Annual administration report of the Civil Veterinary Department of India - 1898-1899
Year: 1898
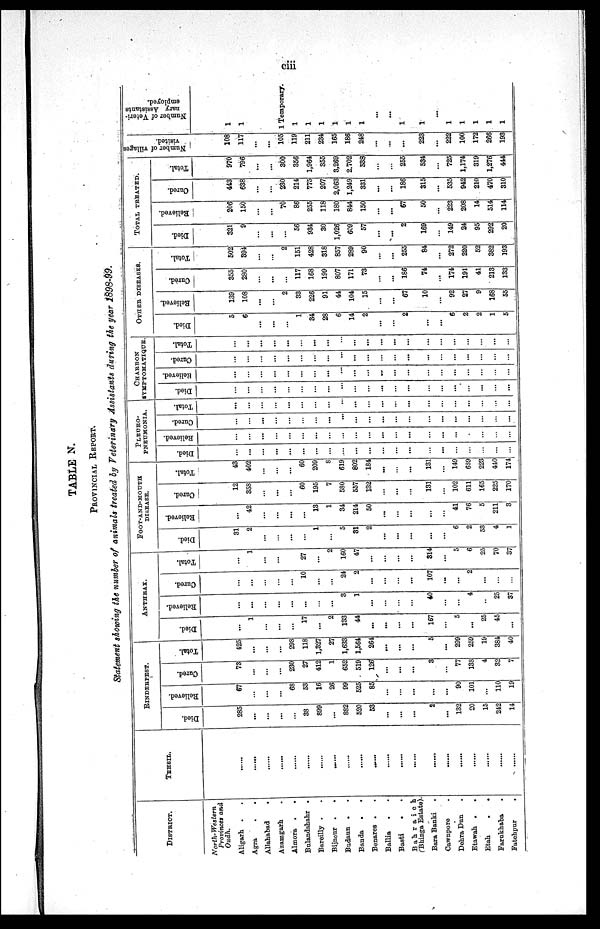
ciii
TABLE N.
PROVINCIAL REPORT.
Statement showing the number of animals treated by Veterinary Assistants during the year 1898-99.
DISTRICT.
North-Western
Provinces and
Oudh.
Aligarh . .
Agra . .
Allahabad
.
Azamgarh .
Almora . .
Bulandshahr .
Bareilly . .
Bijnour
.
.
Budaun .
Banda
.
.
Benares . .
Ballia
. .
Basti . .
Bahraich
Bhinga Estate).
Bara Banki .
Cawnpore .
Dehra Dun
Etawah
.
.
Etah
.
.
Farukhaba .
Fatehpur
.
TEHSIL.
......
......
......
......
......
......
......
......
......
......
......
......
......
......
......
......
......
......
......
......
......
RINDERPEST.
Died.
285
...
...
...
...
38
899
...
882
520
53
...
...
...
2
...
132
20
15
242
14
Relieved.
67
...
...
...
68
53
16
26
99
525
85
...
...
...
...
...
90
101
...
110
19
Cured.
73
...
...
...
230
27
412
1
652
519
126
...
...
...
3
...
77
138
4
32
7
Total.
425
...
...
...
298
118
1,327
27
1,633
1,564
264
...
...
...
5
...
299
259
19
384
40
ANTHRAX.
Died.
...
1
...
...
...
17
...
2
133
44
...
...
...
...
167
...
5
...
25
45
...
Relieved.
...
...
...
...
...
...
...
...
3
1
...
...
...
...
40
...
...
4
..
25
37
Cured.
...
...
...
...
...
10
...
...
24
2
...
...
...
...
107
...
...
2
...
...
...
Total.
...
1
...
...
...
27
...
2
160
47
...
...
...
...
314
...
5
6
25
70
37
FOOT-AND-MOUTH
DISEASE.
Died.
31
2
...
...
...
...
1
...
5
31
2
...
...
...
...
...
6
2
53
4
1
Relieved.
...
42
...
...
...
...
13
1
34
214
50
...
...
...
...
...
41
76
5
211
3
Cured.
12
358
...
...
...
60
195
7
580
557
132
...
...
...
131
...
102
611
165
225
170
Total.
43
402
...
...
...
60
209
8
619
802
184
...
...
...
131
...
149
689
223
410
174
PLEURO-
---------.
Died.
...
...
...
...
...
...
...
...
....
...
...
...
...
...
...
...
...
...
...
...
...
Relieved.
...
...
...
...
...
...
...
...
...
...
...
...
...
...
...
...
...
...
...
...
...
Cured.
...
...
...
...
...
...
...
...
...
...
...
...
...
...
...
...
...
...
...
...
...
Total.
...
...
...
...
...
...
...
...
...
...
...
...
...
...
...
...
...
...
...
...
...
CHARBON
SYMPTOMATIQUE.
Died.
...
...
...
...
...
...
...
...
...
...
...
...
...
...
...
...
...
...
...
...
...
Relieved.
...
...
...
...
...
...
...
...
...
...
...
...
...
...
...
...
...
...
...
...
...
Cured.
...
...
...
...
...
...
...
...
...
...
...
...
...
...
...
...
...
...
...
...
...
Total.
...
...
...
...
...
...
...
...
...
...
...
...
...
...
...
...
...
...
...
...
OTHER DISEASE.
Died.
5
6
...
...
...
1
34
28
6
14
2
...
...
2
...
...
6
2
2
1
5
Relieved.
139
108
...
...
2
33
226
91
44
104
15
...
...
67
10
...
92
27
9
168
55
Cured.
355
280
...
...
...
117
168
199
807
171
73
...
...
186
74
...
174
191
41
213
133
Total.
502
394
...
...
2
151
428
318
857
289
90
...
...
255
84
...
272
220
52
382
193
TOTAL TREATED.
Died.
321
9
...
...
...
56
934
30
1,026
609
57
...
...
2
169
...
149
24
95
292
20
Relieved.
206
150
...
...
76
86
255
118
180
844
150
...
...
67
50
...
223
208
14
514
114
Cured.
443
638
...
...
230
214
775
207
2,063
1,249
331
...
...
186
315
...
535
942
210
470
310
Total.
970
796
...
...
300
356
1,964
355
3,269
2.702
538
...
...
255
534
...
725
1,174
319
1,276
444
Number of villages
visited.
108
117
...
...
105
119
211
234
165
186
248
...
...
...
223
...
222
100
172
266
193
Number of Veteri-
nary Assistants
employed.
1
1
1 Temporary
1
1
1
1
1
1
...
...
1
1
...
1
1
1
1
1